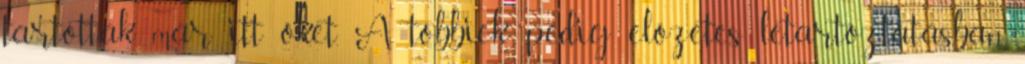
tartották már itt őket. A többiek pedig előzetes letartóztatásban